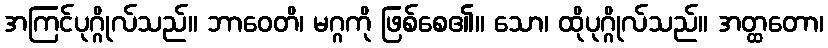
အကြင်ပုဂ္ဂိုလ်သည်။ ဘာဝေတိ၊ မဂ္ဂကို ဖြစ်စေ၏။ သော၊ ထိုပုဂ္ဂိုလ်သည်။ အတ္ထတော၊